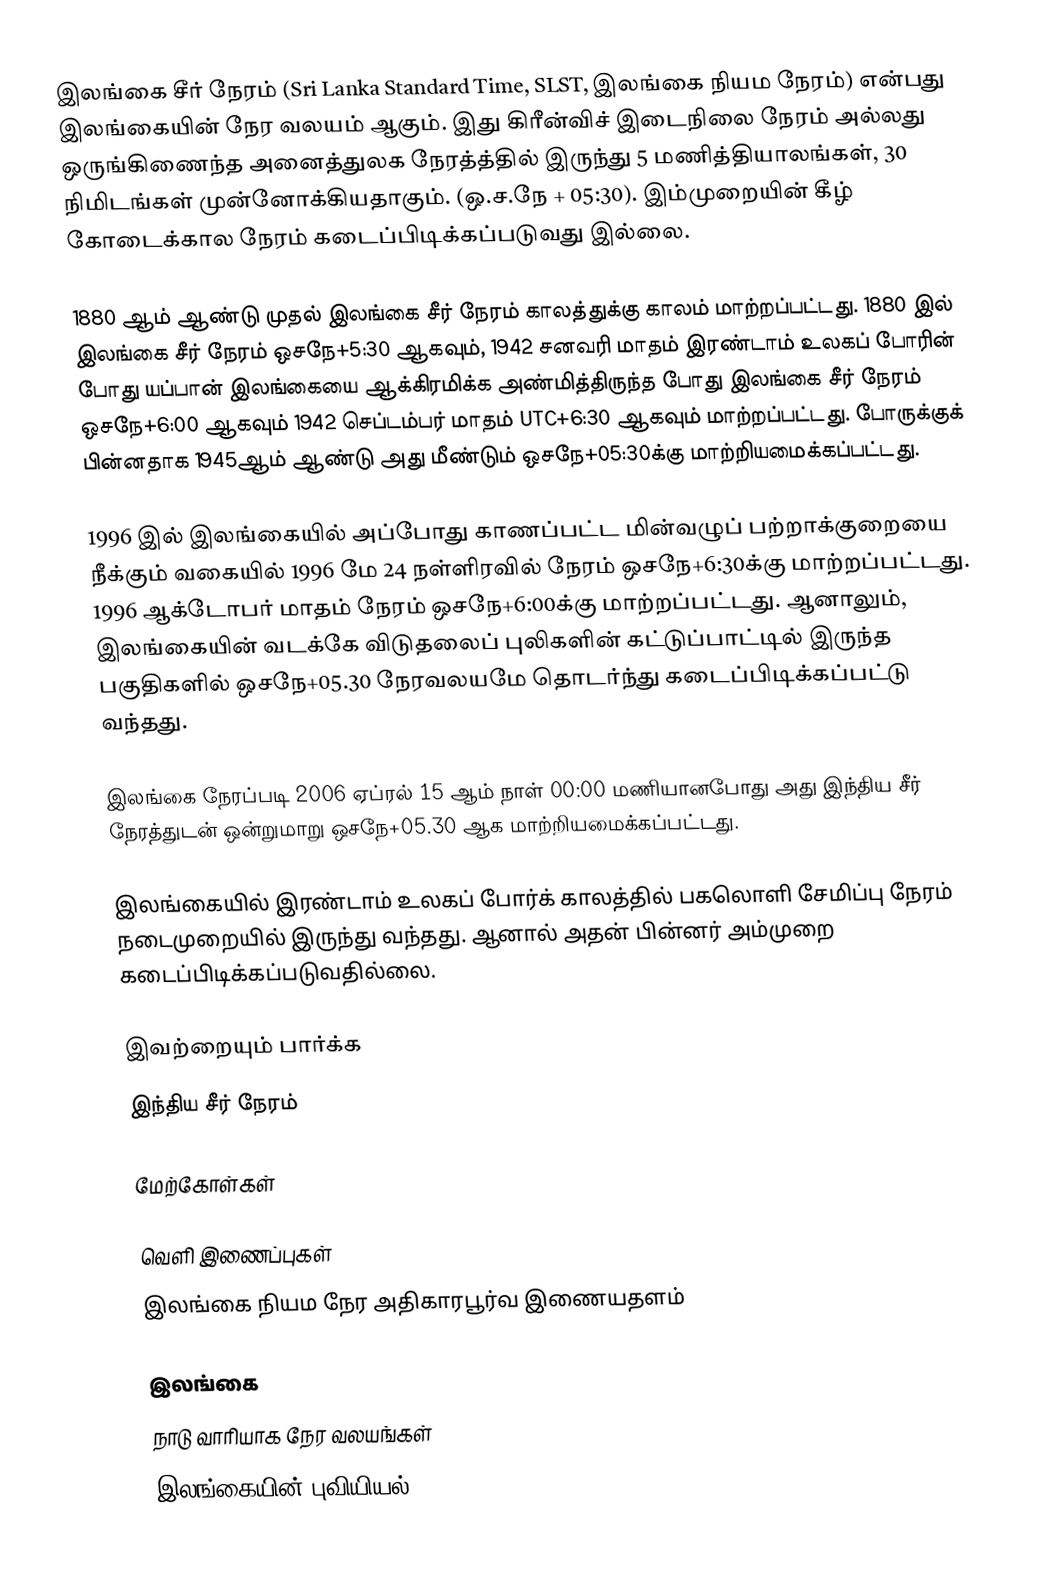
இலங்கை சீர் நேரம் (Sri Lanka Standard Time, SLST, இலங்கை நியம நேரம்) என்பது இலங்கையின் நேர வலயம் ஆகும். இது கிரீன்விச் இடைநிலை நேரம் அல்லது ஒருங்கிணைந்த அனைத்துலக நேரத்த்தில் இருந்து 5 மணித்தியாலங்கள், 30 நிமிடங்கள் முன்னோக்கியதாகும். (ஒ.ச.நே + 05:30). இம்முறையின் கீழ் கோடைக்கால நேரம் கடைப்பிடிக்கப்படுவது இல்லை.

1880 ஆம் ஆண்டு முதல் இலங்கை சீர் நேரம் காலத்துக்கு காலம் மாற்றப்பட்டது. 1880 இல் இலங்கை சீர் நேரம் ஒசநே+5:30 ஆகவும், 1942 சனவரி மாதம் இரண்டாம் உலகப் போரின் போது யப்பான் இலங்கையை ஆக்கிரமிக்க அண்மித்திருந்த போது இலங்கை சீர் நேரம் ஒசநே+6:00 ஆகவும் 1942 செப்டம்பர் மாதம் UTC+6:30 ஆகவும் மாற்றப்பட்டது. போருக்குக் பின்னதாக 1945ஆம் ஆண்டு அது மீண்டும் ஒசநே+05:30க்கு மாற்றியமைக்கப்பட்டது.

1996 இல் இலங்கையில் அப்போது காணப்பட்ட மின்வழுப் பற்றாக்குறையை நீக்கும் வகையில் 1996 மே 24 நள்ளிரவில் நேரம் ஒசநே+6:30க்கு மாற்றப்பட்டது. 1996 ஆக்டோபர் மாதம் நேரம் ஒசநே+6:00க்கு மாற்றப்பட்டது. ஆனாலும், இலங்கையின் வடக்கே விடுதலைப் புலிகளின் கட்டுப்பாட்டில் இருந்த பகுதிகளில் ஒசநே+05.30 நேரவலயமே தொடர்ந்து கடைப்பிடிக்கப்பட்டு வந்தது.

இலங்கை நேரப்படி 2006 ஏப்ரல் 15 ஆம் நாள் 00:00 மணியானபோது அது இந்திய சீர் நேரத்துடன் ஒன்றுமாறு ஒசநே+05.30 ஆக மாற்றியமைக்கப்பட்டது.

இலங்கையில் இரண்டாம் உலகப் போர்க் காலத்தில் பகலொளி சேமிப்பு நேரம் நடைமுறையில் இருந்து வந்தது. ஆனால் அதன் பின்னர் அம்முறை கடைப்பிடிக்கப்படுவதில்லை.

இவற்றையும் பார்க்க
இந்திய சீர் நேரம்

மேற்கோள்கள்

வெளி இணைப்புகள்
 இலங்கை நியம நேர அதிகாரபூர்வ இணையதளம்

இலங்கை
நாடு வாரியாக நேர வலயங்கள்
இலங்கையின் புவியியல்